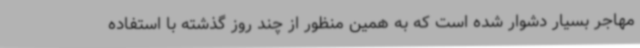
مهاجر بسیار دشوار شده است که به همین منظور از چند روز گذشته با استفاده